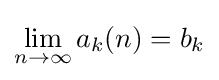
\lim _{n\to \infty }a_{k}(n)=b_{k}